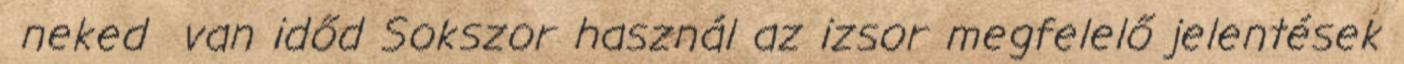
neked van időd Sokszor használ az izsor megfelelő jelentések